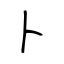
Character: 卜